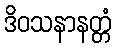
ဒိဝသနာနတ္တံ